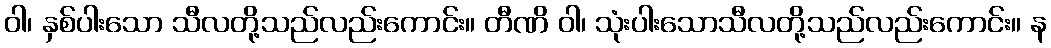
ဝါ၊ နှစ်ပါးသော သီလတို့သည်လည်းကောင်း။ တီဏိ ဝါ၊ သုံးပါးသောသီလတို့သည်လည်းကောင်း။ န